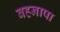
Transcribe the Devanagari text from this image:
बहनापा